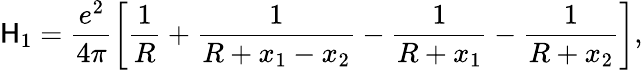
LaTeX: \mathsf{H}_{1}=\frac{{e^{2}}}{{4\pi}}\left[\frac{{1}}{{R}}+\frac{{1}}{{R+x_{1}-x_{2}}}-\frac{{1}}{{R+x_{1}}}-\frac{{1}}{{R+x_{2}}}\right],